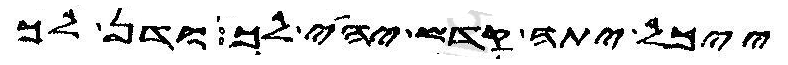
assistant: ייכל יתה קדש יהי לך ודן לך